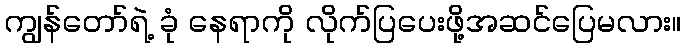
ကျွန်တော်ရဲ့ ခုံ နေရာကို လိုက်ပြပေးဖို့အဆင်ပြေမလား။